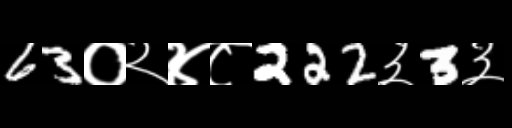
Text: 63०२४८222३3३